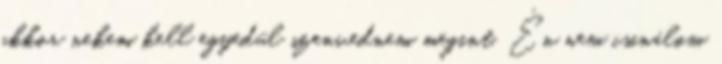
akkor nekem kell egyedül szenvednem megint. Én nem csinálom